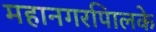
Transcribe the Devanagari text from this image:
महानगरपािलके